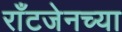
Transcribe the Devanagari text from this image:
राँटजेनच्या